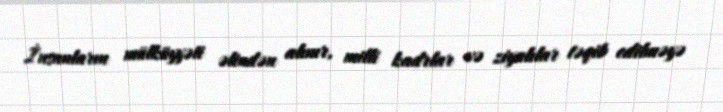
İnsanların mülküyyəti əlindən alınır, milli kadrlar və ziyalılar təqib edilməyə